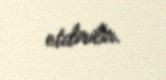
etdirilir.